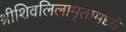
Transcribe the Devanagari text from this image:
श्रीशिवलिलामृतामध्ये